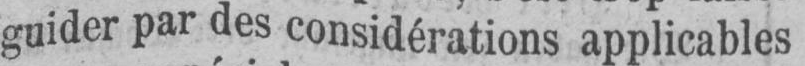
guider par des considérations applicables